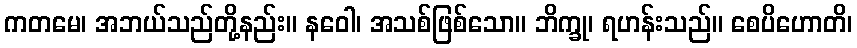
ကတမေ၊ အဘယ်သည်တို့နည်း။ နဝေါ၊ အသစ်ဖြစ်သော။ ဘိက္ခု၊ ရဟန်းသည်။ စေပိဟောတိ၊